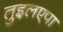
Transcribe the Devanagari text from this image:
तुइलएपा